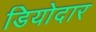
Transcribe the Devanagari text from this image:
डियोदार